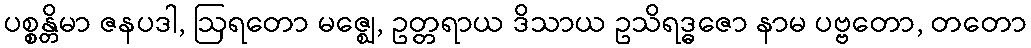
ပစ္စန္တိမာ ဇနပဒါ, ဩရတော မဇ္ဈေ, ဥတ္တရာယ ဒိသာယ ဥသိရဒ္ဓဇော နာမ ပဗ္ဗတော, တတော